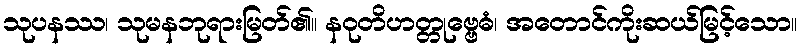
သုပနဿ၊ သုမနဘုရားမြတ်၏။ နဝုတိဟတ္တုဗ္ဗေဓံ၊ အတောင်ကိုးဆယ်မြင့်သော။